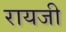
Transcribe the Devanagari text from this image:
रायजी